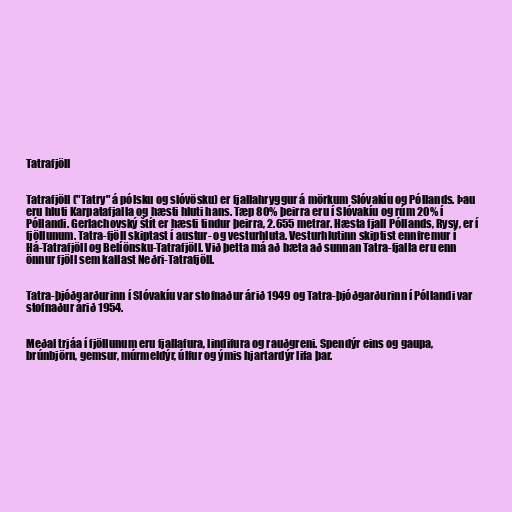
Tatrafjöll

Tatrafjöll ("Tatry" á pólsku og slóvösku) er fjallahryggur á mörkum Slóvakíu og Póllands. Þau
eru hluti Karpatafjalla og hæsti hluti hans. Tæp 80% þeirra eru í Slóvakíu og rúm 20% í
Póllandi. Gerlachovský štít er hæsti tindur þeirra, 2.655 metrar. Hæsta fjall Póllands, Rysy, er í
fjöllunum. Tatra-fjöll skiptast í austur- og vesturhluta. Vesturhlutinn skiptist ennfremur í
Há-Tatrafjöll og Belíönsku-Tatrafjöll. Við þetta má að bæta að sunnan Tatra-fjalla eru enn
önnur fjöll sem kallast Neðri-Tatrafjöll.

Tatra-þjóðgarðurinn í Slóvakíu var stofnaður árið 1949 og Tatra-þjóðgarðurinn í Póllandi var
stofnaður árið 1954.

Meðal trjáa í fjöllunum eru fjallafura, lindifura og rauðgreni. Spendýr eins og gaupa,
brúnbjörn, gemsur, múrmeldýr, úlfur og ýmis hjartardýr lifa þar.